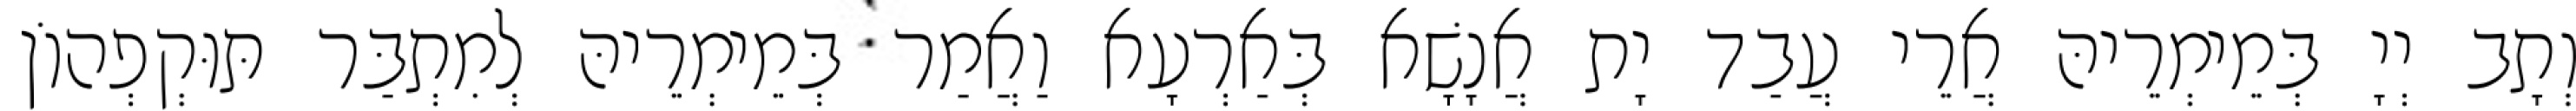
וְתָב יְיָ בְּמֵימְרֵיהּ אֲרֵי עֲבַד יָת אֲנָשָׁא בְּאַרְעָא וַאֲמַר בְּמֵימְרֵיהּ לְמִתְבַּר תּוּקְפְהוֹן